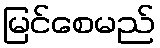
မြင်စေမည်